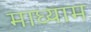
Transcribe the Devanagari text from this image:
माध्याम